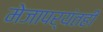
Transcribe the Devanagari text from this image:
मेजापर्यंतही